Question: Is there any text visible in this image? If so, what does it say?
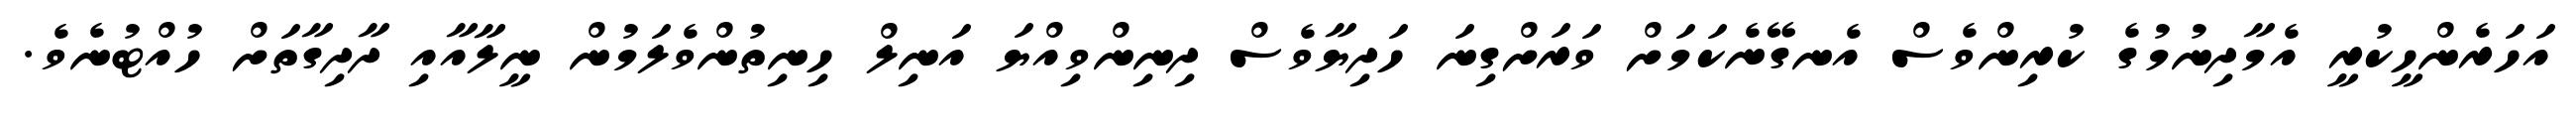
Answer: އަހަރެންހީކުރީ އެމާދިނުމުގެ ކުރިންވެސް އެނގޭނެކަމަށް ވަރަށްގިނަ ހަދިޔާވެސް ދިނިންވިއްޔަ އަނިލް ހިނިތުންވެލަމުން ނީލާއާއި ދާދިގާތަށް ހުއްޓުނެވެ.